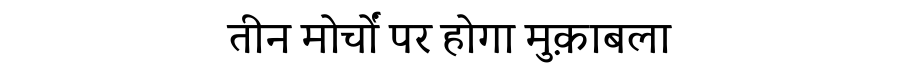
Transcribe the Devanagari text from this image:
तीन मोर्चों पर होगा मुक़ाबला